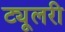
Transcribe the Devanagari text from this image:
ट्यूलरी